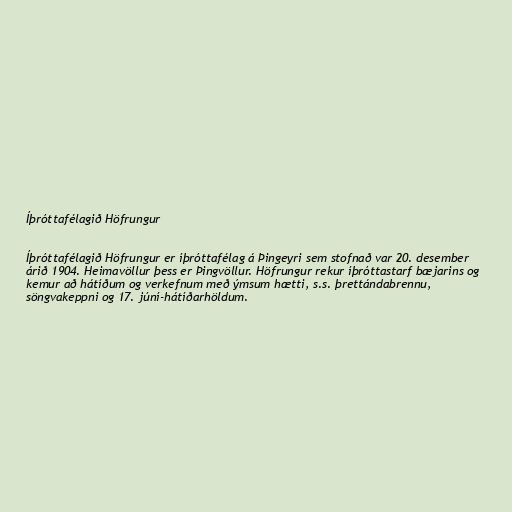
Íþróttafélagið Höfrungur

Íþróttafélagið Höfrungur er íþróttafélag á Þingeyri sem stofnað var 20. desember
árið 1904. Heimavöllur þess er Þingvöllur. Höfrungur rekur íþróttastarf bæjarins og
kemur að hátíðum og verkefnum með ýmsum hætti, s.s. þrettándabrennu,
söngvakeppni og 17. júní-hátíðarhöldum.